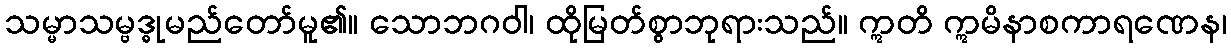
သမ္မာသမ္ဗဒ္ဓုမည်တော်မူ၏။ သောဘဂဝါ၊ ထိုမြတ်စွာဘုရားသည်။ ဣတိ ဣမိနာစကာရဏေန၊